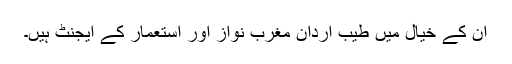
ان کے خیال میں طیب اردان مغرب نواز اور استعمار کے ایجنٹ ہیں۔